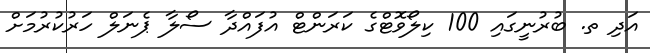
އަދި ތ. ބުރުނީގައި 100 ކިލޯވޮޓްގެ ކަރަންޓް އުފައްދާ ސޯލާ ޕެނަލް ހަރުކުރުމަށް